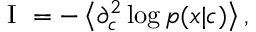
\begin{array} { r } { \mathrm { ~ I ~ } = - \left\langle \partial _ { c } ^ { 2 } \log p ( x | c ) \right\rangle , } \end{array}